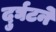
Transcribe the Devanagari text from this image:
दुर्घटने